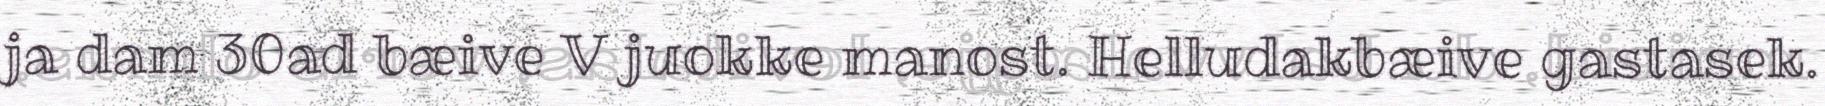
ja dam 30ad bæive V juokke manost. Helludakbæive gastasek.